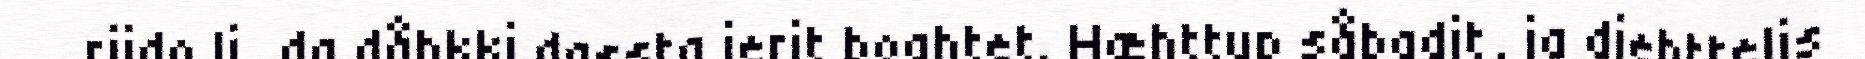
rijdo li, da dåhkki dassta ierit boahtet. Hæhttup såbadit, ja diehttelis